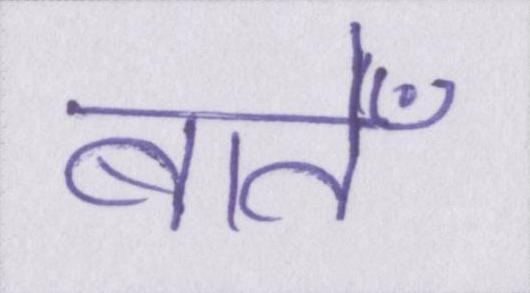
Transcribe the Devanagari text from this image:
बातेँ